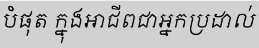
បំផុត ក្នុងអាជីពជាអ្នកប្រដាល់